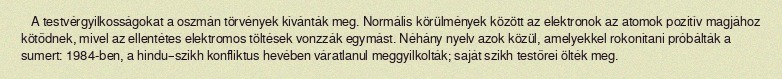
A testvérgyilkosságokat a oszmán törvények kívánták meg. Normális körülmények között az elektronok az atomok pozitív magjához kötődnek, mivel az ellentétes elektromos töltések vonzzák egymást. Néhány nyelv azok közül, amelyekkel rokonítani próbálták a sumert: 1984-ben, a hindu–szikh konfliktus hevében váratlanul meggyilkolták; saját szikh testőrei ölték meg.